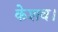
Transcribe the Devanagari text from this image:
केशव।